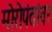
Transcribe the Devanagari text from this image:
मोरोपंतांवर